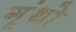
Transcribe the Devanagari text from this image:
गृंथो